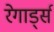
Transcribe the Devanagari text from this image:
रेगार्ड्स